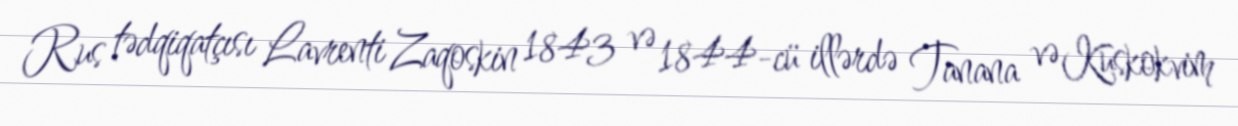
Rus tədqiqatçısı Lavrenti Zaqoskin 1843 və 1844-cü illərdə Tanana və Kuskokvim